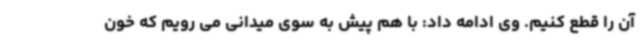
آن را قطع کنیم. وی ادامه داد: با هم پیش به سوی میدانی می رویم که خون